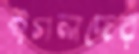
ইগলদের